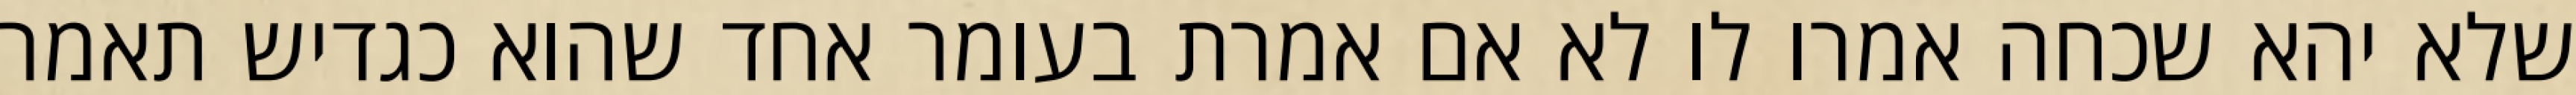
שלא יהא שכחה אמרו לו לא אם אמרת בעומר אחד שהוא כגדיש תאמר